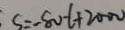
S = - 8 0 t + 2 0 0 0